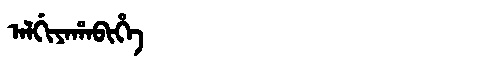
Manchu: ᠠᠯᡤᡳᠶᠠᡥᠠᠪᡳᡥᡝ
Romanization: ALGIYAHABIHE